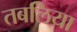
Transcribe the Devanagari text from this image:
तबलिया